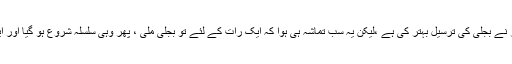
تمام تر بحث کی وجہ یہی تھی کہ وزیراعظم کی مداخلت کی خبر نے بجلی کی ترسیل بہتر کی ہے ،لیکن یہ سب تماشہ ہی ہوا کہ ایک رات کے لئے تو بجلی ملی ، پھر وہی سلسلہ شروع ہو گیا اور ایک گھنٹہ بجلی ملنے کے بعد دو گھنٹے کی لوڈشیڈنگ ہوتی ہے۔